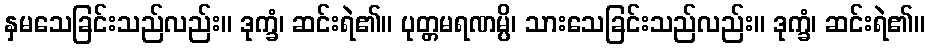
နှမသေခြင်းသည်လည်း။ ဒုက္ခံ၊ ဆင်းရဲ၏။ ပုတ္တမရဏမ္ပိ၊ သားသေခြင်းသည်လည်း။ ဒုက္ခံ၊ ဆင်းရဲ၏။